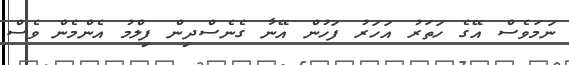
ނަމަވެސް އޭގެ ހަތަރު އަހަރު ފަހުން އޭނާ ގެނެސްދިން ފިލްމު އެންމެން ވެސް